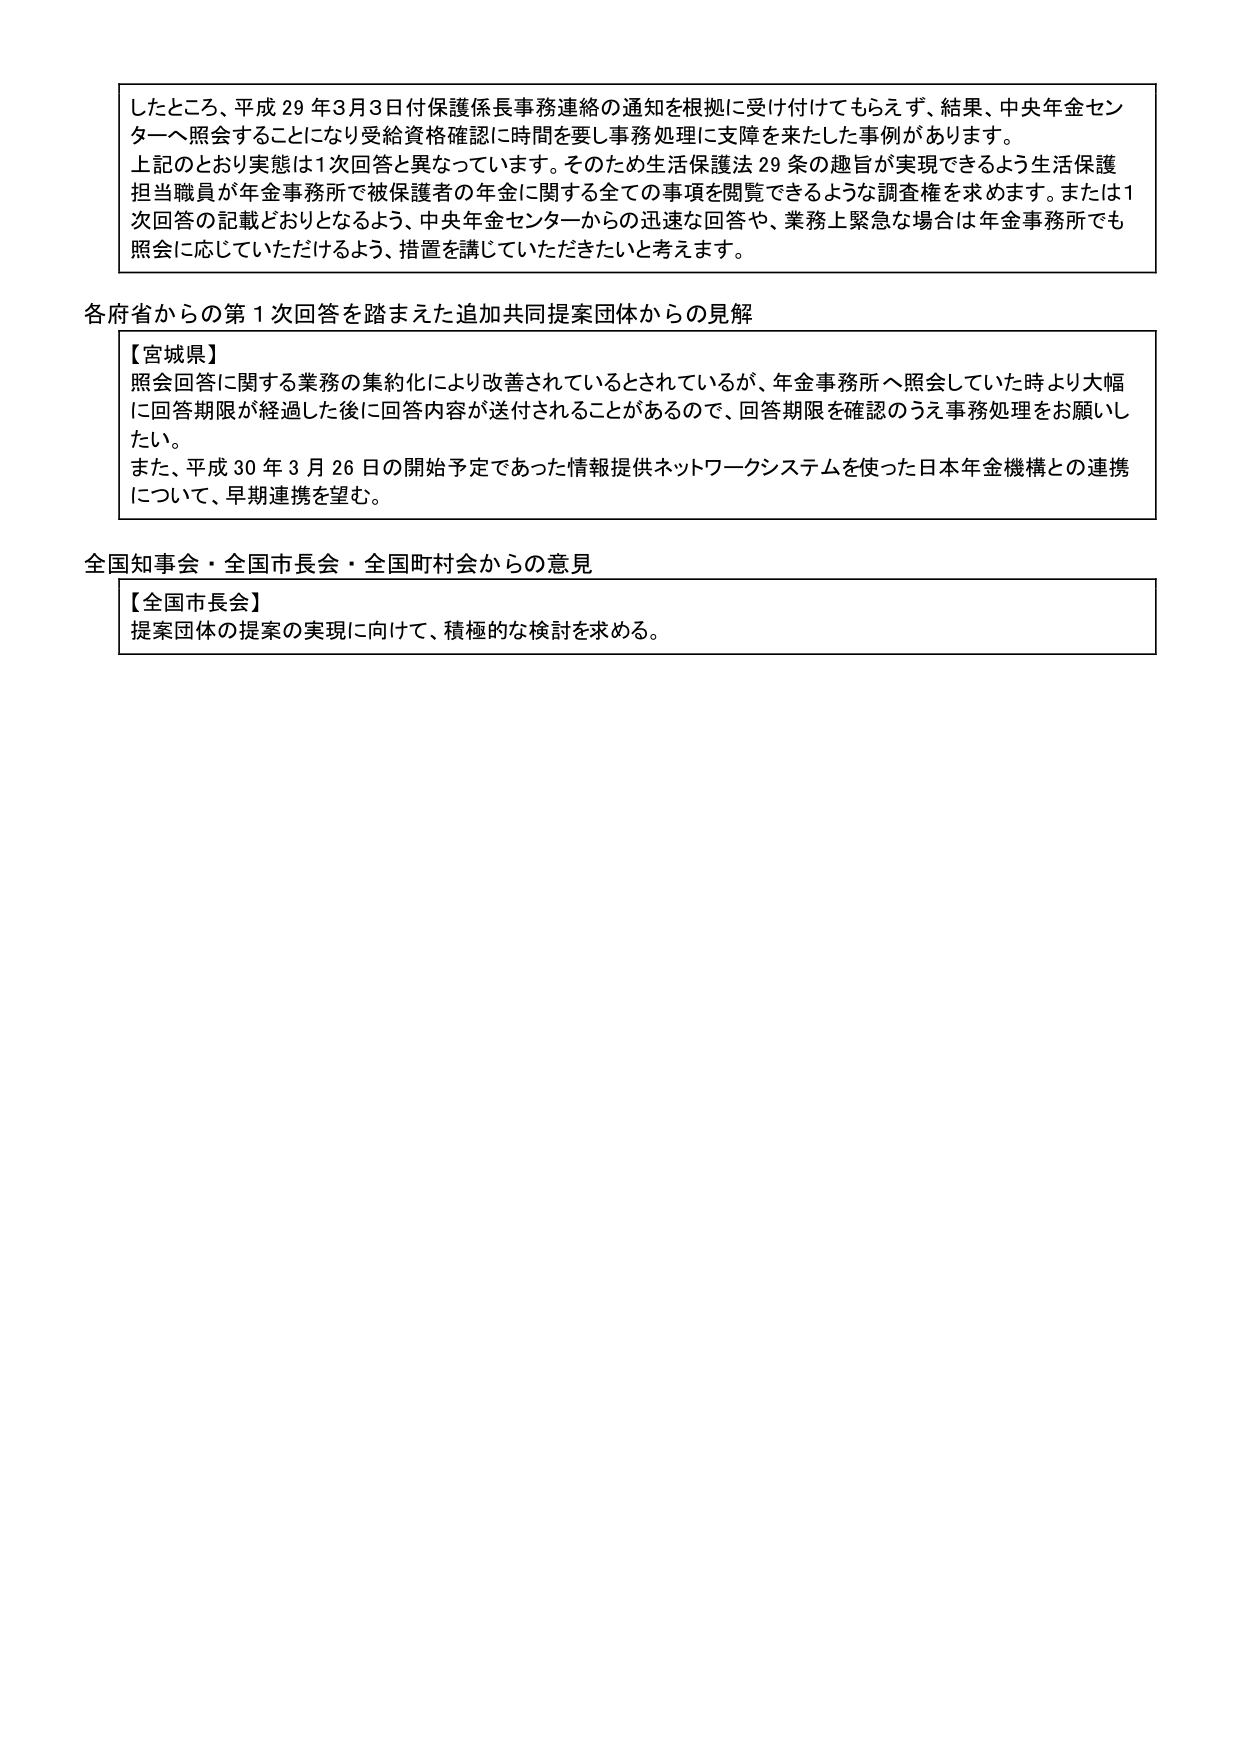
したところ、平成29年3月3日付保護係長事務連絡の通知を根拠に受け付けてもらえず、結果、中央年金センターへ照会することになり受給資格確認に時間を要し事務処理に支障を来たした事例があります。
上記のとおり実態は1次回答と異なっています。そのため生活保護法29条の趣旨が実現できるよう生活保護担当職員が年金事務所で被保護者の年金に関する全ての事項を閲覧できるような調査権を求めます。または1次回答の記載どおりとなるよう、中央年金センターからの迅速な回答や、業務上緊急な場合は年金事務所でも照会に応じていただけるよう、措置を講じていただきたいと考えます。

各府省からの第1次回答を踏まえた追加共同提案団体からの見解
【宮城県】
照会回答に関する業務の集約化により改善されているとされているが、年金事務所へ照会していた時より大幅に回答期限が経過した後に回答内容が送付されることがあるので、回答期限を確認のうえ事務処理をお願いしたい。
また、平成30年3月26日の開始予定であった情報提供ネットワークシステムを使った日本年金機構との連携について、早期連携を望む。

全国知事会・全国市長会・全国町村会からの意見
【全国市長会】
提案団体の提案の実現に向けて、積極的な検討を求める。